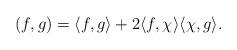
LaTeX: \begin{align*}( f, g ) = \langle f,g\rangle + 2\langle f,\chi\rangle\langle \chi,g\rangle.\end{align*}